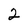
Character: 2